Civil Veterinary Department Bengal reports 1923-33 - 1923-1933
Year: 1923
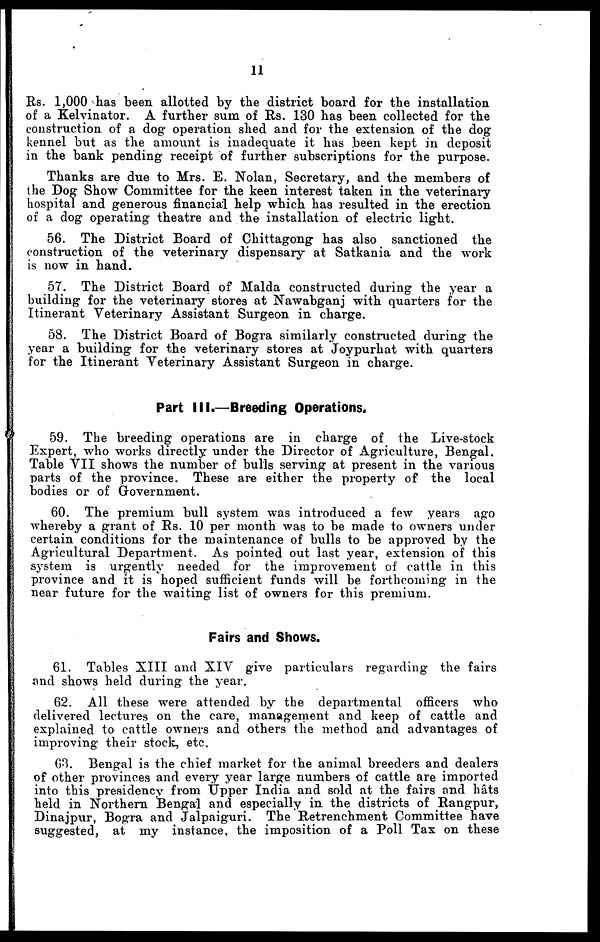
11
Rs. 1,000 has been allotted by the district board for the installation
of a Kelvinator. A further sum of Rs. 130 has been collected for the
construction of a dog operation shed and for the extension of the dog
kennel but as the amount is inadequate it has been kept in deposit
in the bank pending receipt of further subscriptions for the purpose.
Thanks are due to Mrs. E. Nolan, Secretary, and the members of
the Dog Show Committee for the keen interest taken in the veterinary
hospital and generous financial help which has resulted in the erection
of a dog operating theatre and the installation of electric light.
56. The District Board of Chittagong has also sanctioned the
construction of the veterinary dispensary at Satkania and the work
is now in hand.
57. The District Board of Malda constructed during the year a
building for the veterinary stores at Nawabganj with quarters for the
Itinerant Veterinary Assistant Surgeon in charge.
58. The District Board of Bogra similarly constructed during the
year a building for the veterinary stores at Joypurhat with quarters
for the Itinerant Veterinary Assistant Surgeon in charge.
Part III.—Breeding Operations.
59. The breeding operations are in charge of the Live-stock
Expert, who works directly under the Director of Agriculture, Bengal.
Table VII shows the number of bulls serving at present in the various
parts of the province. These are either the property of the local
bodies or of Government.
60. The premium bull system was introduced a few years ago
whereby a grant of Rs. 10 per month was to be made to owners under
certain conditions for the maintenance of bulls to be approved by the
Agricultural Department. As pointed out last year, extension of this
system is urgently needed for the improvement of cattle in this
province and it is hoped sufficient funds will be forthcoming in the
near future for the waiting list of owners for this premium.
Fairs and Shows.
61. Tables XIII and XIV give particulars regarding the fairs
and shows held during the year.
62. All these were attended by the departmental officers who
delivered lectures on the care, management and keep of cattle and
explained to cattle owners and others the method and advantages of
improving their stock, etc.
63. Bengal is the chief market for the animal breeders and dealers
of other provinces and every year large numbers of cattle are imported
into this presidency from Upper India and sold at the fairs and hâts
held in Northern Bengal and especially in the districts of Rangpur,
Dinajpur, Bogra and Jalpaiguri. The Retrenchment Committee have
suggested, at my instance the imposition of a Poll Tax on these